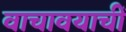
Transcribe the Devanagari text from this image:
वाचावयाचीं